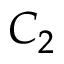
C _ { 2 }